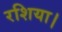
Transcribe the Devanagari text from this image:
रशिया।